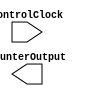
module Counter
	#(parameter COUNTER_SIZE = 4)(
		input 									  controlClock,
		output [COUNTER_SIZE - 1 : 0] 	 counterOutput
    );
	 
		reg 	 [COUNTER_SIZE - 1 : 0] 			   count;
	 
	 always@(posedge controlClock)
		count <= count + 1;
		
	 assign counterSize = count;

endmodule